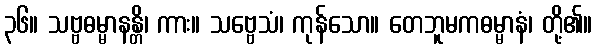
၃၆။ သဗ္ဗဓမ္မာနန္တိ၊ ကား။ သဗ္ဗေသံ၊ ကုန်သော။ တေဘူမကဓမ္မာနံ၊ တို့၏။